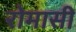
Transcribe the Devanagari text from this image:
रोमासी